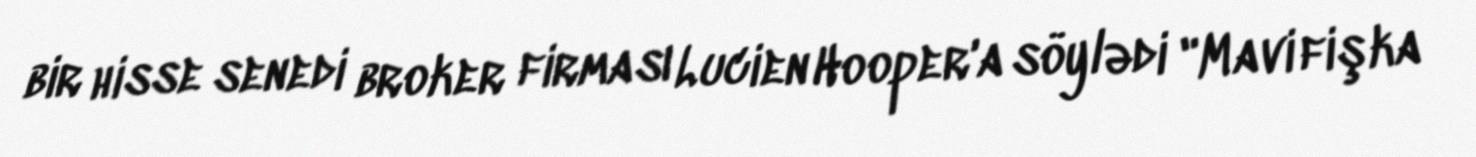
bir hisse senedi broker firması Lucien Hooper'a söylədi "Mavi fişka